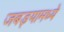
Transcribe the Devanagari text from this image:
जबड्यामध्ये